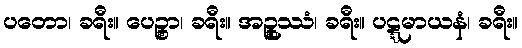
ပတော၊ ခရီး။ ပေဉ္စာ၊ ခရီး။ အဉ္စုဿံ၊ ခရီး။ ပဋ္ဋမာယနံ၊ ခရီး။